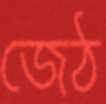
জেঠ